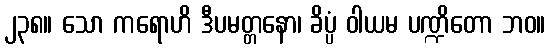
၂၃၈။ သော ကရောဟိ ဒီပမတ္တနော၊ ခိပ္ပံ ဝါယမ ပဏ္ဍိတော ဘဝ။